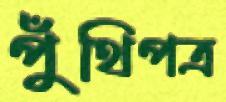
পুঁথিপত্র